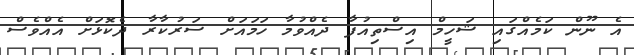
އެ ނޫން ކަމެއްގައި ޝަހީމް އިސްތިއުފާ ދެއްވުމާ ހަމައަށް ސަރުކާރާ ދެކޮޅަށް އެއްވެސް